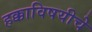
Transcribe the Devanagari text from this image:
हक्काविषयीचे